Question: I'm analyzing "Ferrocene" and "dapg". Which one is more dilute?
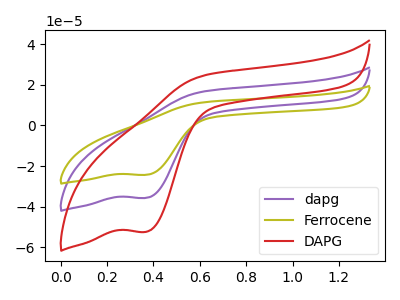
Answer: <think>The purple curve "dapg" has a cathodic peak at: (0.35V, -35.75uA). The olive curve "Ferrocene" has a cathodic peak at: (0.35V, -24.35uA). The red curve "DAPG" has a cathodic peak at: (0.35V, -71.50uA).
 All the peaks in "Ferrocene" have a peak in "dapg" at the same potential. Every peak in "Ferrocene" is lower than every peak in "dapg".</think>
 <answer>"Ferrocene" has less signal than "dapg" and so likely has a lower concentration.</answer>
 <eval>less_concentration</eval>